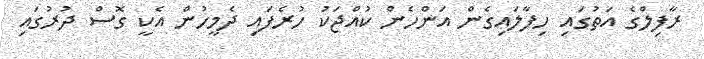
ރާފިލްގެ އަތުގައި ހިފާލައިގެން އަންހެން ކުއްޖަކު ހުރެފައި ދެމީހުން އެކީ ގޮސް ދުރުގައި